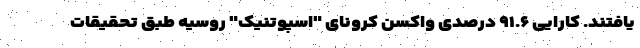
یافتند. کارایی ۹۱.۶ درصدی واکسن کرونای "اسپوتنیک" روسیه طبق تحقیقات